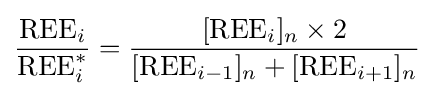
{\frac {{\text{REE}}_{i}}{{\text{REE}}_{i}^{*}}}={\frac {[{\text{REE}}_{i}]_{n}\times 2}{[{\text{REE}}_{i-1}]_{n}+[{\text{REE}}_{i+1}]_{n}}}